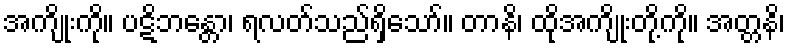
အကျိုးကို။ ပဋိဘန္တော၊ ရလတ်သည်ရှိသော်။ တာနိ၊ ထိုအကျိုးတို့ကို။ အတ္တနိ၊